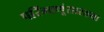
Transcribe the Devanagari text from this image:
परिंमाणूंसारख्या